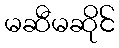
မဆီမဆိုင်